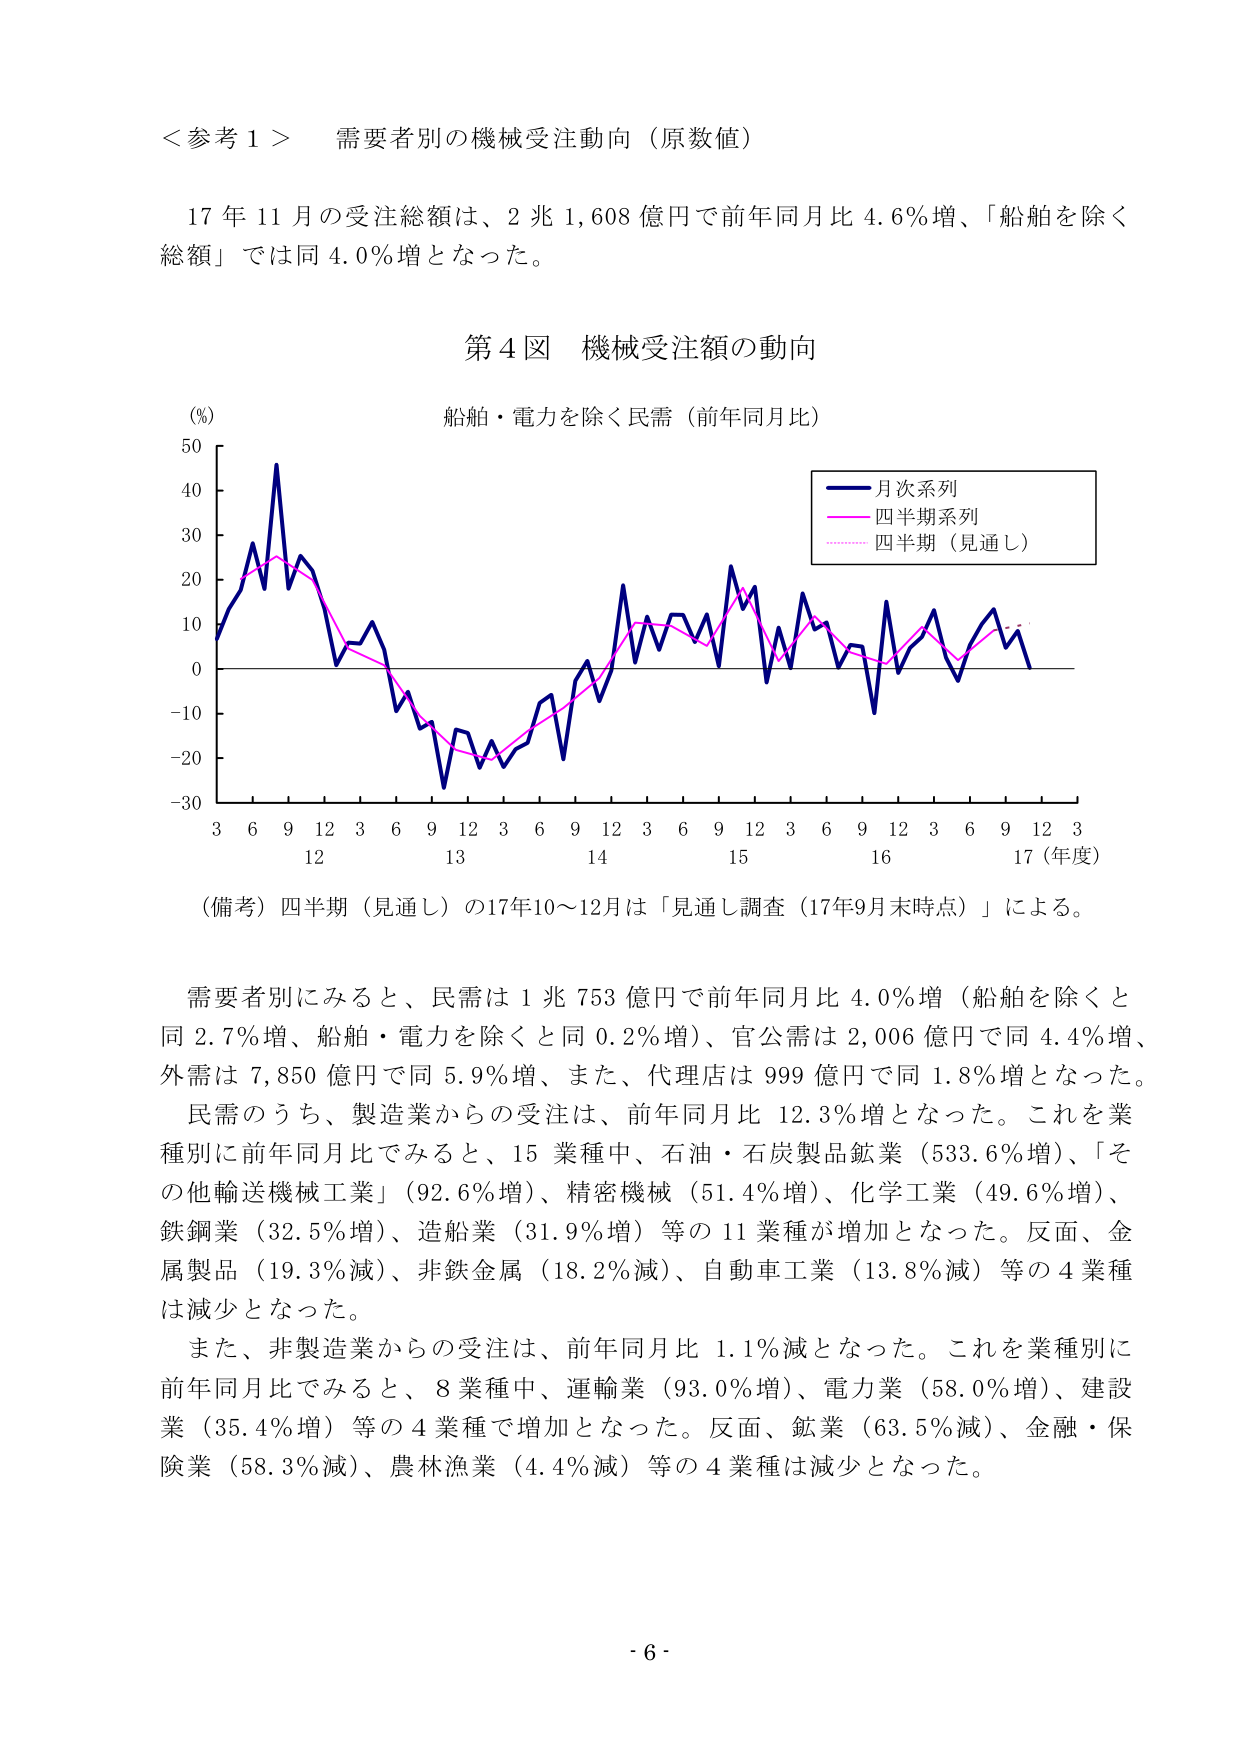
＜参考１＞　需要者別の機械受注動向（原数値）

17年11月の受注総額は、2兆1,608億円で前年同月比4.6％増、「船舶を除く総額」では同4.0％増となった。

第4図　機械受注額の動向

（％）
50
40
30
20
10
0
-10
-20
-30

船舶・電力を除く民需（前年同月比）

月次系列
四半期系列
四半期（見通し）

3　6　9　12　3　6　9　12　3　6　9　12　3　6　9　12　3　6　9　12　3
12　13　14　15　16　17（年度）

（備考）四半期（見通し）の17年10～12月は「見通し調査（17年9月末時点）」による。

需要者別にみると、民需は1兆753億円で前年同月比4.0％増（船舶を除くと同2.7％増、船舶・電力を除くと同0.2％増）、官公需は2,006億円で同4.4％増、外需は7,850億円で同5.9％増、また、代理店は999億円で同1.8％増となった。

民需のうち、製造業からの受注は、前年同月比12.3％増となった。これを業種別に前年同月比でみると、15業種中、石油・石炭製品鉱業（533.6％増）、「その他輸送機械工業」（92.6％増）、精密機械（51.4％増）、化学工業（49.6％増）、鉄鋼業（32.5％増）、造船業（31.9％増）等の11業種が増加となった。反面、金属製品（19.3％減）、非鉄金属（18.2％減）、自動車工業（13.8％減）等の4業種は減少となった。

また、非製造業からの受注は、前年同月比1.1％減となった。これを業種別に前年同月比でみると、8業種中、運輸業（93.0％増）、電力業（58.0％増）、建設業（35.4％増）等の4業種で増加となった。反面、鉱業（63.5％減）、金融・保険業（58.3％減）、農林漁業（4.4％減）等の4業種は減少となった。

- 6 -